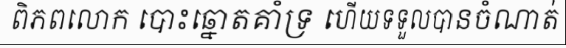
ពិភពលោក បោះឆ្នោតគាំទ្រ ហើយទទួលបានចំណាត់